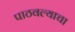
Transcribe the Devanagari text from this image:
पाठवल्याचा